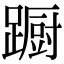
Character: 蹰